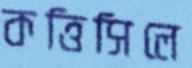
কত্তিসিলে